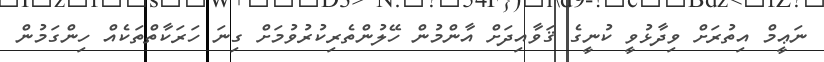
ނަޢީމް އިތުރަށް ވިދާޅުވީ ކުނީގެ ޤަވާއިދަށް އާންމުން ހޭލުންތެރިކުރުވުމަށް ގިނަ ހަރަކާތްތަކެއް ހިންގަމުން